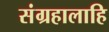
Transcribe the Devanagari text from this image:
संग्रहालाहि